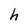
Character: h